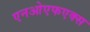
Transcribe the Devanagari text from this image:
एनओएफएक्स